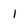
Character: 1